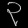
Digit: ၃